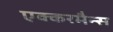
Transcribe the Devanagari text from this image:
एक्करमैन्स